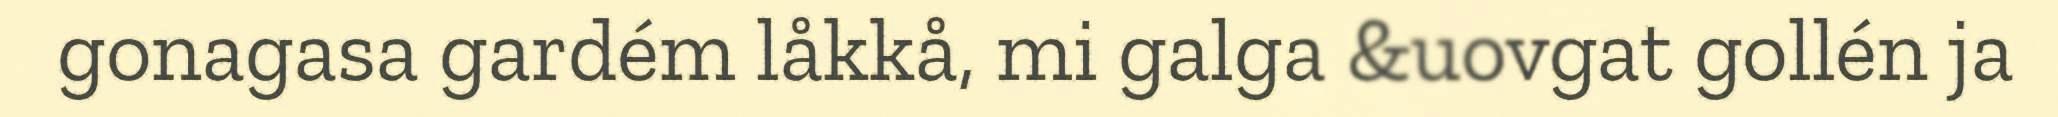
gonagasa gardém låkkå, mi galga &uovgat gollén ja